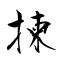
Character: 揀